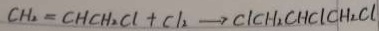
C H _ { 2 } = C H C H _ { 2 } C l + C l _ { 2 } \rightarrow C l C H _ { 2 } C H C l C H _ { 2 } C l